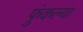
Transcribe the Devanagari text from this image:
फुंकल्या